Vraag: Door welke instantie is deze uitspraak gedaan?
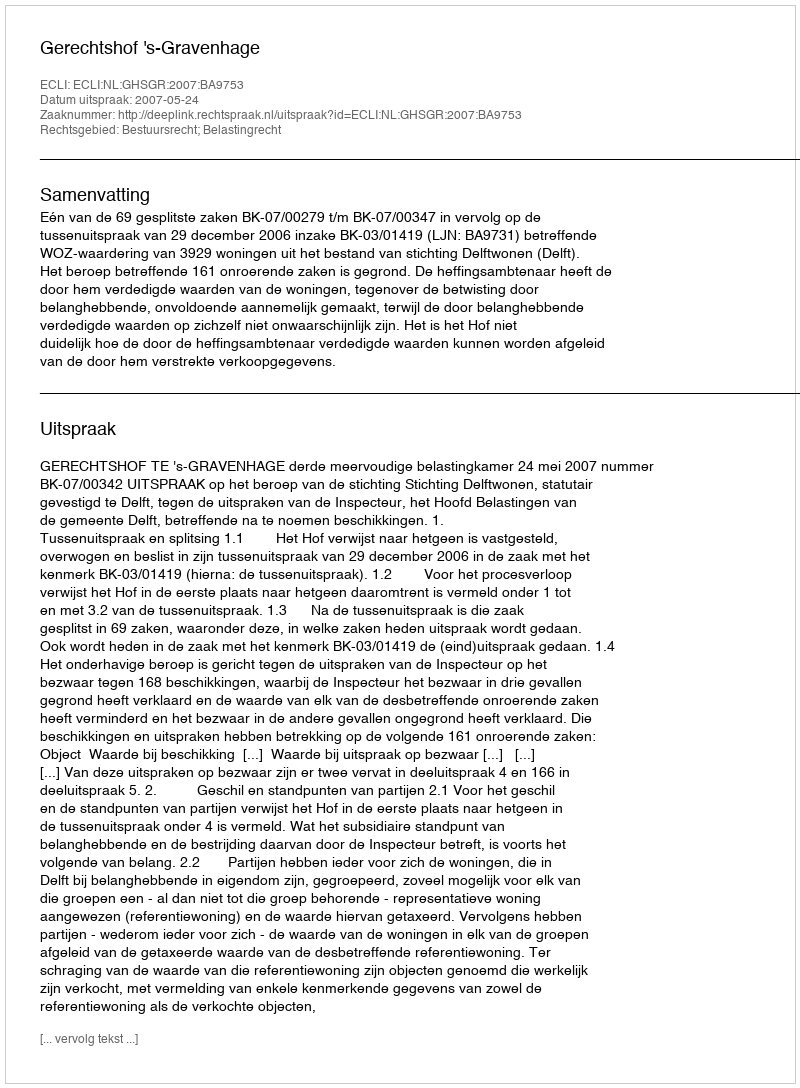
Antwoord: Gerechtshof 's-Gravenhage